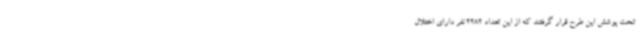
تحت پوشش این طرح قرار گرفتند که از این تعداد 2282 نفر دارای اختلال